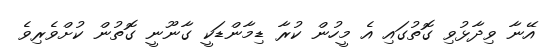
އޭނާ ވިދާޅުވި ގޮތުގައި އެ މީހުން ކުރާ ޑިމާންޑަކީ ގާނޫނީ ގޮތުން ކުށްވެރިވެ